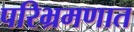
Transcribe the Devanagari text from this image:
परिभ्रमणात